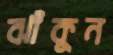
ঝাঁকুন